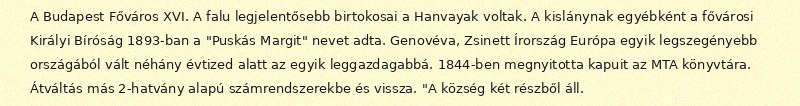
A Budapest Főváros XVI. A falu legjelentősebb birtokosai a Hanvayak voltak. A kislánynak egyébként a fővárosi Királyi Bíróság 1893-ban a "Puskás Margit" nevet adta. Genovéva, Zsinett Írország Európa egyik legszegényebb országából vált néhány évtized alatt az egyik leggazdagabbá. 1844-ben megnyitotta kapuit az MTA könyvtára. Átváltás más 2-hatvány alapú számrendszerekbe és vissza. "A község két részből áll.